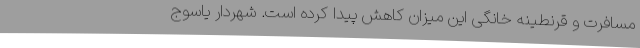
مسافرت و قرنطینه خانگی این میزان کاهش پیدا کرده است. شهردار یاسوج